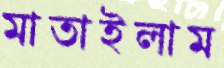
মাতাইলাম